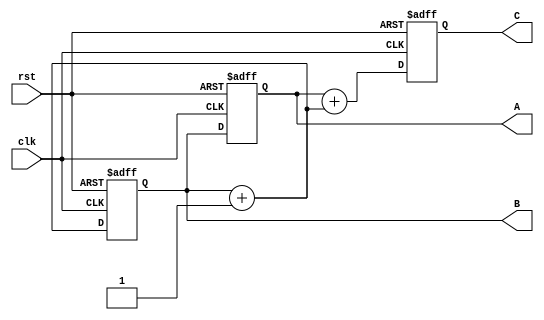
`timescale 1ns / 1ps
//////////////////////////////////////////////////////////////////////////////////
// Company: 
// Engineer: 
// 
// Design Name: 
// Module Name: Problem2
// Project Name: 
// Target Devices: 
// Tool Versions: 
// Description: 
// 
// Dependencies: 
// 
// Revision:
// Revision 0.01 - File Created
// Additional Comments:
// 
//////////////////////////////////////////////////////////////////////////////////


module Problem2(A,B,C,clk,rst);
    input clk,rst;
    output reg [7:0] A,B,C;
    
    always @(posedge clk or posedge rst) begin
        if (rst == 1) begin
                A = 2; B = 4; C = 1;
             end
             else begin
                A <= B;
                B = B + 1;
                C <= A + B;
             end
    end                
endmodule